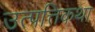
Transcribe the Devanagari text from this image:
उत्पत्तिकथा